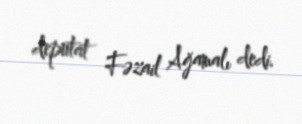
deputat Fəzail Ağamalı dedi.